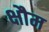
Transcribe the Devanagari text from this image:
क्षौम